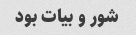
شور و بیات بود